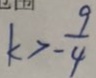
k > - \frac { 9 } { 4 }